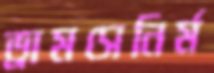
ড্রামসেনির্ম